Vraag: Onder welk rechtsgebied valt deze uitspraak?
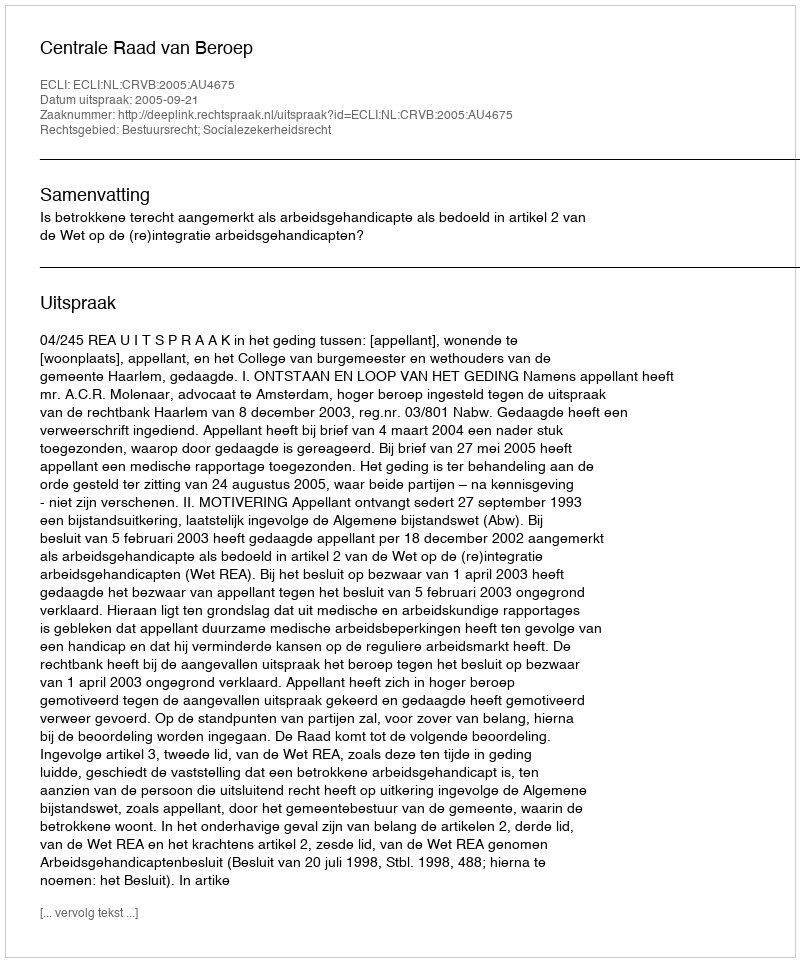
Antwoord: Bestuursrecht; Socialezekerheidsrecht